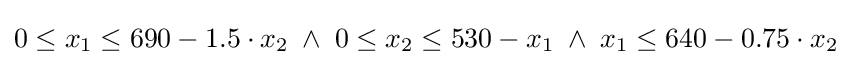
0\leq x_{1}\leq 690-1.5\cdot x_{2}\;\land \;0\leq x_{2}\leq 530-x_{1}\;\land \;x_{1}\leq 640-0.75\cdot x_{2}